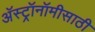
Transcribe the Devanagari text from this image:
अॅस्ट्रॉनॉमीसाठी